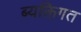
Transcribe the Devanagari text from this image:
ब्यक्तिगत